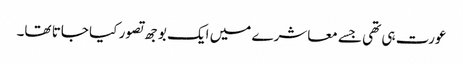
عورت ہی تھی جسے معاشرے میں ایک بوجھ تصور کیا جاتا تھا۔